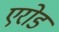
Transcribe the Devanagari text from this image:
एरोड